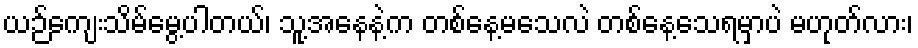
ယဉ်ကျေးသိမ်မွေ့ပါတယ်၊ သူ့အနေနဲ့က တစ်နေ့မသေလဲ တစ်နေ့သေရမှာပဲ မဟုတ်လား၊